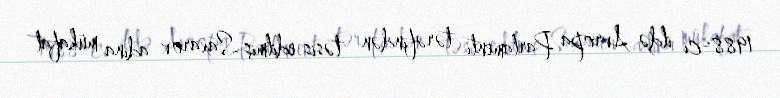
1988-ci ildə Avropa Parlamenti tərəfindən təsis edilmiş Saxarov adına mükafat